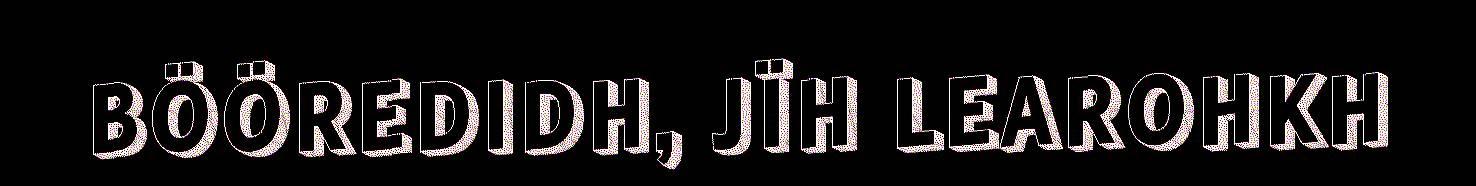
BÖÖREDIDH, JÏH LEAROHKH